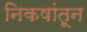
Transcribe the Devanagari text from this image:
निकषांतून